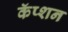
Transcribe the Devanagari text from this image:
कॅप्शन